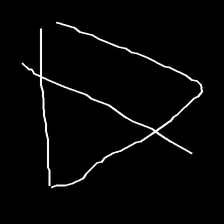
Glyph: empower